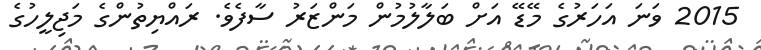
2015 ވަނަ އަހަރުގެ މޭޑޭ އަށް ބަލާލުމުން މަންޒަރު ސާފެވެ. ރައްޔިތުންގެ މަޖިލީހުގެ